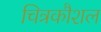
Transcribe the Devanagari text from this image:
चित्रकौशल